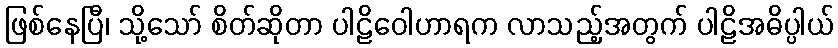
ဖြစ်နေပြီ၊ သို့သော် စိတ်ဆိုတာ ပါဠိဝေါဟာရက လာသည့်အတွက် ပါဠိအဓိပ္ပါယ်